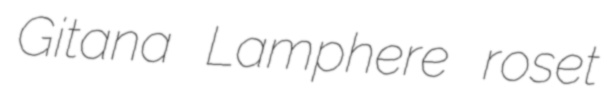
Gitana Lamphere roset